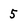
Character: 5